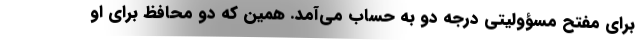
برای مفتح مسؤولیتی درجه دو به حساب می‌آمد. همین که دو محافظ برای او